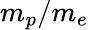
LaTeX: {m}_{p}/{m}_{e}